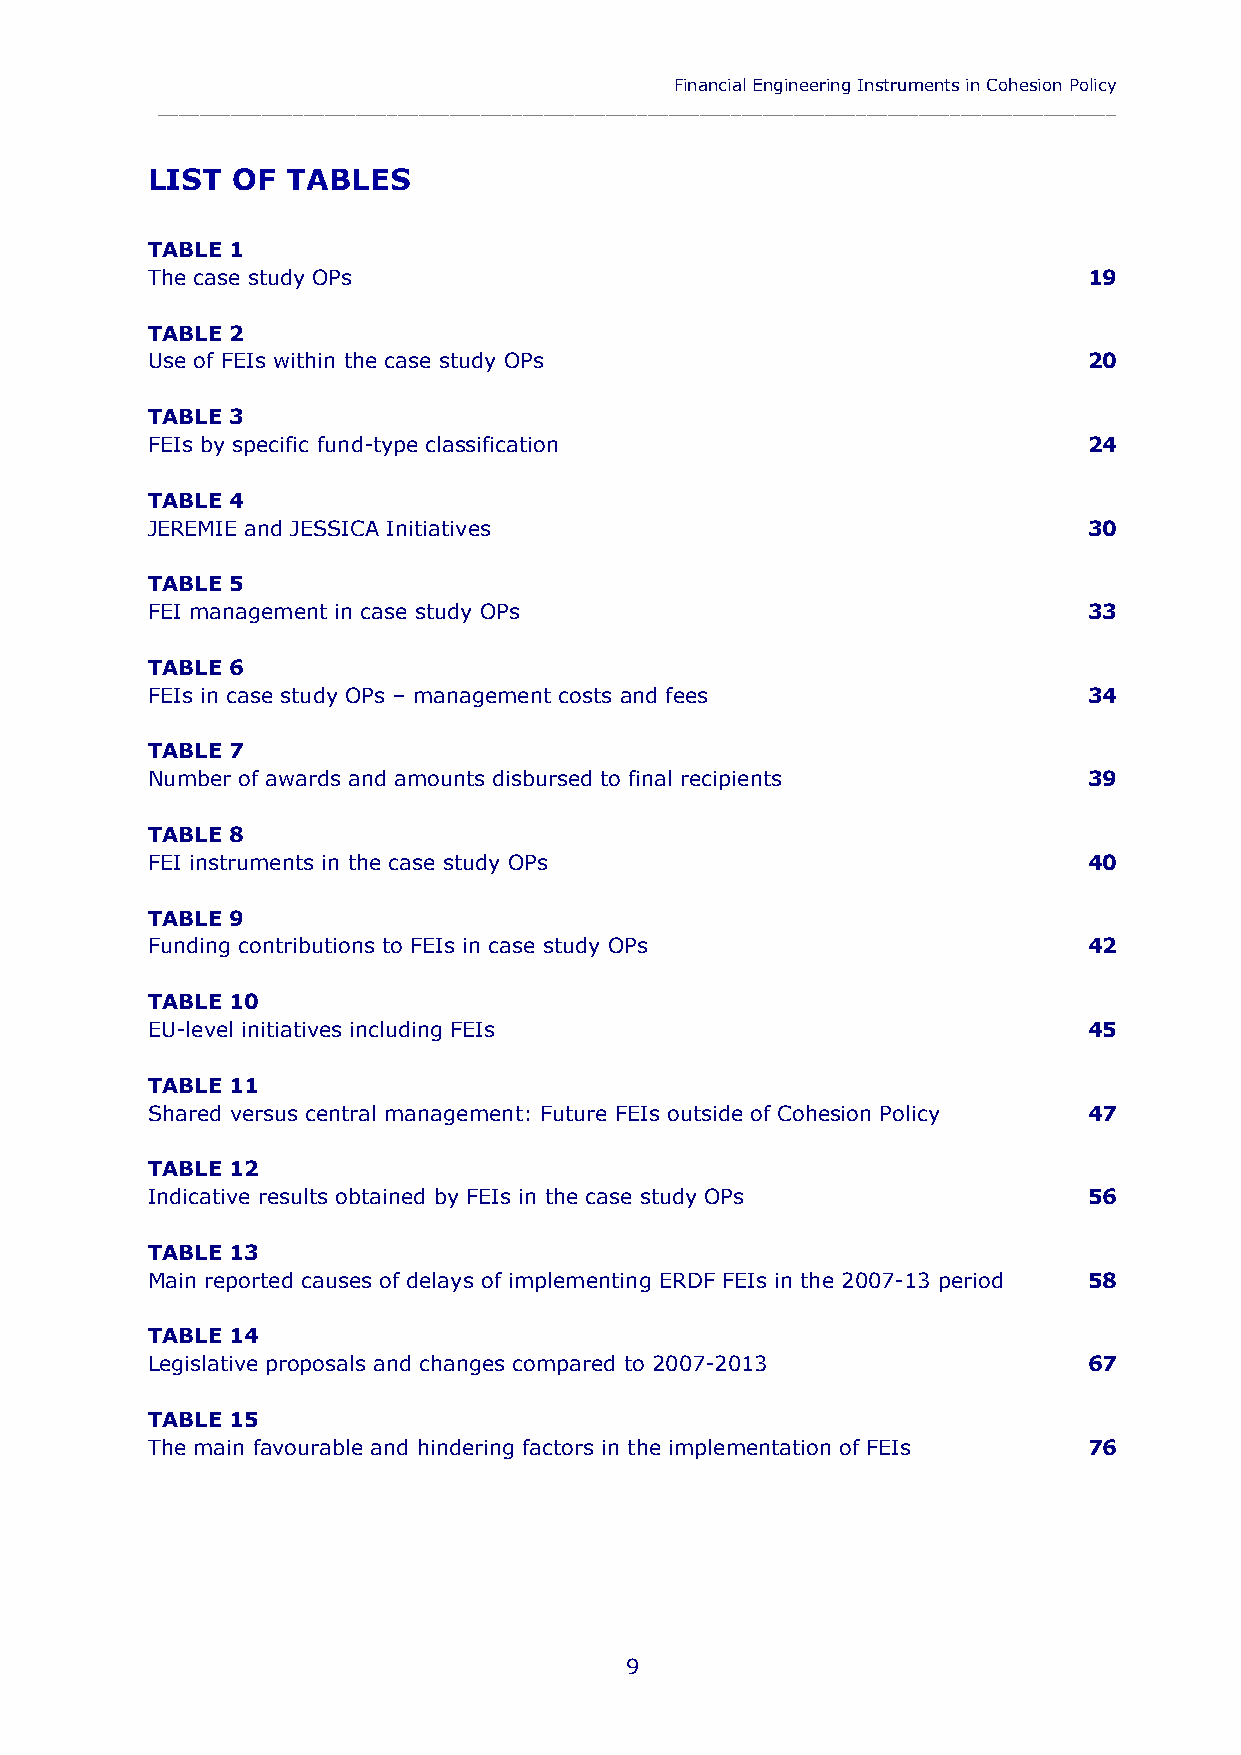
Financial Engineering Instruments in Cohesion Policy
 ____________________________________________________________________________________________
 LIST OF  TABLES
 TABLE 1
 The case study OPs                                            19
 TABLE 2
 Use of FEIs within the case study OPs                         20
 TABLE 3
 FEIs by specific fund-type classification                     24
 TABLE 4
 JEREMIE and JESSICA Initiatives                               30
 TABLE 5
 FEI management in case study OPs                              33
 TABLE 6
 FEIs in case study OPs – management costs and fees            34
 TABLE 7
 Number of awards and amounts disbursed to final recipients    39
 TABLE 8
 FEI instruments in the case study OPs                         40
 TABLE 9
 Funding contributions to FEIs in case study OPs               42
 TABLE 10
 EU-level initiatives including FEIs                           45
 TABLE 11
 Shared versus central management: Future FEIs outside of Cohesion Policy 47
 TABLE 12
 Indicative results obtained by FEIs in the case study OPs     56
 TABLE 13
 Main reported causes of delays of implementing ERDF FEIs in the 2007-13 period 58
 TABLE 14
 Legislative proposals and changes compared to 2007-2013       67
 TABLE 15
 The main favourable and hindering factors in the implementation of FEIs 76
 9